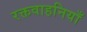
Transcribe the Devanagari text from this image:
रक्तवाहनियाँ